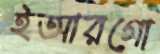
ইআরগো